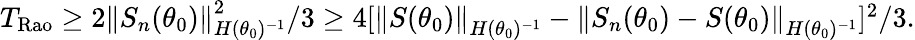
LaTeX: \begin{array}{r}{T_{\mathrm{Rao}}\ge 2\left\lVert S_{n}(\theta_{0})\right\rVert_{H(\theta_{0})^{-1}}^{2}/3\ge 4[\left\lVert S(\theta_{0})\right\rVert_{H(\theta_{0})^{-1}}-\left\lVert S_{n}(\theta_{0})-S(\theta_{0})\right\rVert_{H(\theta_{0})^{-1}}]^{2}/3.}\end{array}